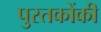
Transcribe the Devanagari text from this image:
पुस्‍तकोंकी